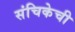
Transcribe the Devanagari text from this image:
संचिकेची